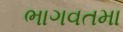
ભાગવતમા